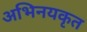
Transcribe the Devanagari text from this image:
अभिनयकृत